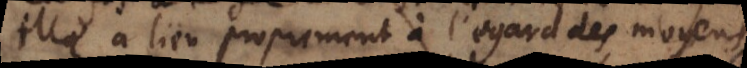
elle a lieu proprement à l’égard des moyens,